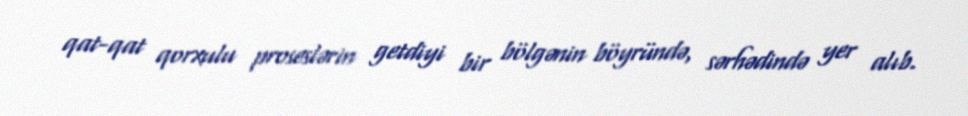
qat-qat qorxulu proseslərin getdiyi bir bölgənin böyründə, sərhədində yer alıb.